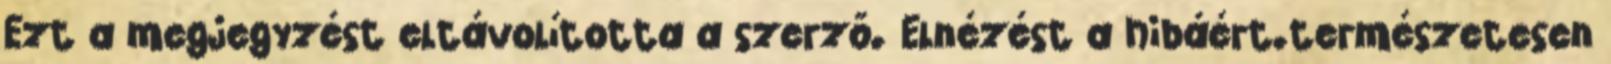
Ezt a megjegyzést eltávolította a szerző. Elnézést a hibáért.természetesen